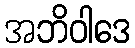
အဘိဝါဒေ